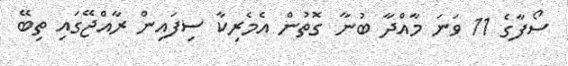
ސޯފާގެ 11 ވަނަ މާއްދާ ބުނާ ގޮތުން އެމެރިކާ ސިފައިން ރާއްޖޭގައި ތިބޭ